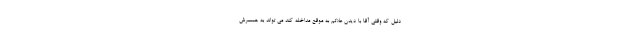
دلیل که وقتی آقا با دیدن علائم به موقع مداخله کند می تواند به همسرش